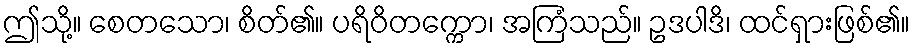
ဤသို့။ စေတသော၊ စိတ်၏။ ပရိဝိတက္ကော၊ အကြံသည်။ ဥဒပါဒိ၊ ထင်ရှားဖြစ်၏။